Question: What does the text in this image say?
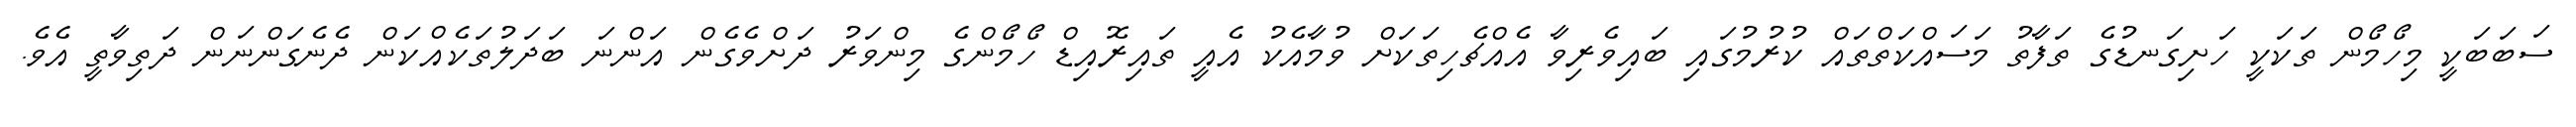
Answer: ސަބަބަކީ މިހޯމޯން ތަކަކީ ހަށިގަނޑުގެ ތަފާތު މަސައްކަތްތައް ކުރުމުގައި ބައިވެރިވާ އެއްޗެހިތަކަށް ވުމާއެކު އެއީ ތައިރޮއިޑް ހޯމޯންގެ މިންވަރު ދަށްވެގެން އަންނަ ބަދަލުތަކެއްކަން ދެނެގަންނަން ދަތިވާތީ އެވެ.